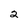
Character: 2